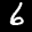
Label: 6